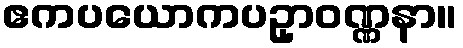
ဧကပယောကပဥှာဝဏ္ဏနာ။